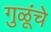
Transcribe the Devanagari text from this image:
गुळूंचे